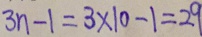
3 n - 1 = 3 \times 1 0 - 1 = 2 9